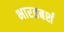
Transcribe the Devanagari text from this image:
भारतबर्श